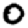
Digit: 0